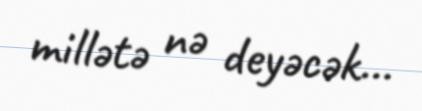
millətə nə deyəcək...